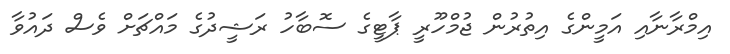
އިމްރާނާއި އަމީންގެ އިތުރުން ޖުމްހޫރީ ޕާޓީގެ ސޮބާހު ރަޝީދުގެ މައްޗަށް ވެސް ދައުވާ